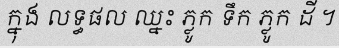
ក្នុង លទ្ធផល ឈ្នះ ភ្លូក ទឹក ភ្លូក ដី ។